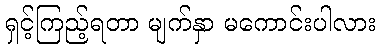
ရှင့်ကြည့်ရတာ မျက်နှာ မကောင်းပါလား